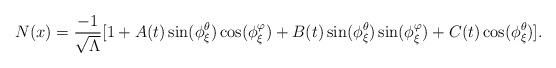
LaTeX: \begin{align*}N(x)=\frac{-1}{\sqrt{\Lambda}}[1+A(t)\sin(\phi_{\xi}^{\theta})\cos(\phi_{\xi}^{\varphi})+B(t)\sin(\phi_{\xi}^{\theta})\sin(\phi_{\xi}^{\varphi})+C(t)\cos(\phi_{\xi}^{\theta})].\end{align*}